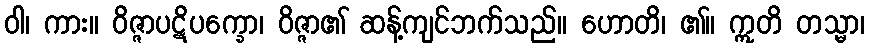
ဝါ၊ ကား။ ဝိဇ္ဇာပဋိပက္ခော၊ ဝိဇ္ဇာ၏ ဆန့်ကျင်ဘက်သည်။ ဟောတိ၊ ၏။ ဣတိ တသ္မာ၊